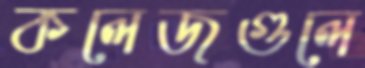
কলেজগুলে